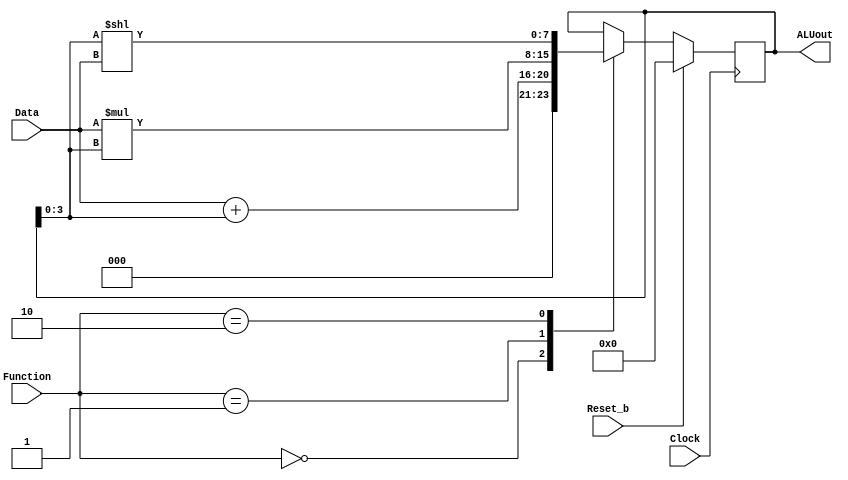
// All Test Cases Passed!

module part2(Clock, Reset_b, Data, Function, ALUout);
    
	input wire Clock, Reset_b; 
	input [3:0] Data; 
	input [1:0] Function;
	output[7:0] ALUout;

	reg [7:0] Pre_reg_ALUout;

	always@(posedge Clock)
	begin
	if (Reset_b)
		begin
			Pre_reg_ALUout <= 8'b00000000;
		end
	else
		begin
			case (Function)
			  2'b00: Pre_reg_ALUout <= Data + Pre_reg_ALUout[3:0]; 
			  2'b01: Pre_reg_ALUout <= Data * Pre_reg_ALUout[3:0];
			  2'b10: Pre_reg_ALUout <= Pre_reg_ALUout[3:0] << Data;
			  2'b11: ; 
			  default: Pre_reg_ALUout <= 8'b00000000;
			endcase
		end
	end
	 assign ALUout = Pre_reg_ALUout;
	 
endmodule